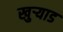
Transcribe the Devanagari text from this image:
खुऱ्याड